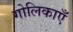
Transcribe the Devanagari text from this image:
गोलिकाएँ